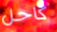
كاحل